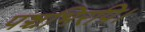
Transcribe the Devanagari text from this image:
पञ्चभिरपि।